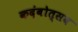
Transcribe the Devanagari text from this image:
कदंबोत्सव